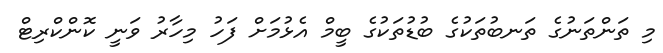
މި ތަންތަނުގެ ތަނބުތަކުގެ ބުޑުތަކުގެ ބީމް އެޅުމަށް ފަހު މިހާރު ވަނީ ކޮންކްރިޓް